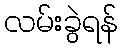
လမ်းခွဲရန်